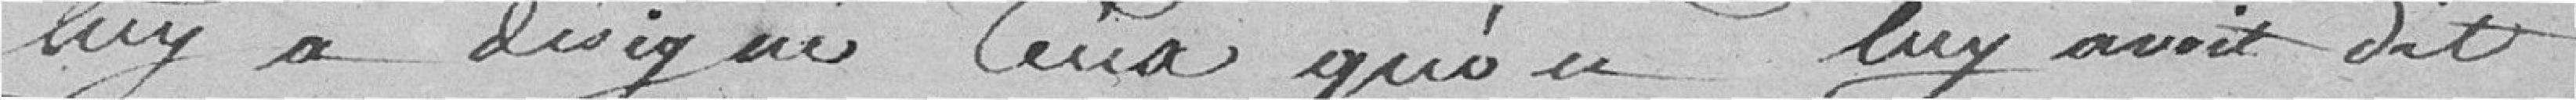
luy a désigné ceux qu'on lui avait dit